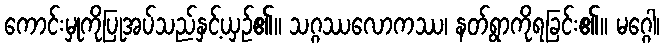
ကောင်းမှုကိုပြုအပ်သည်နှင့်ယှဉ်၏။ သဂ္ဂဿလောကဿ၊ နတ်ရွာကိုရခြင်း၏။ မဂ္ဂေါ၊